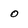
Character: o